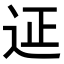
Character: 𨒌